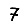
Digit: 7